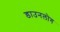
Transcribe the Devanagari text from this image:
डाउनलोग